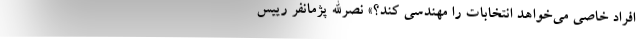
افراد خاصی می‌خواهد انتخابات را مهندسی کند؟» نصرالله پژمانفر رییس